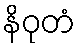
နိဝုတံ